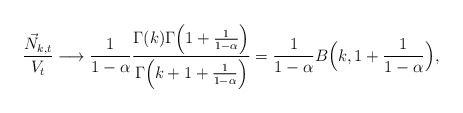
\begin{align*}\frac{\vec N_{k,t}}{V_t}\longrightarrow \frac{1}{1-\alpha}\frac{\Gamma(k)\Gamma\Big(1+\frac{1}{1-\alpha}\Big)}{\Gamma\Big(k+1+\frac{1}{1-\alpha}\Big)}=\frac{1}{1-\alpha}B\Big(k,1+\frac{1}{1-\alpha}\Big),\end{align*}